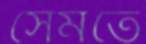
সেমতে